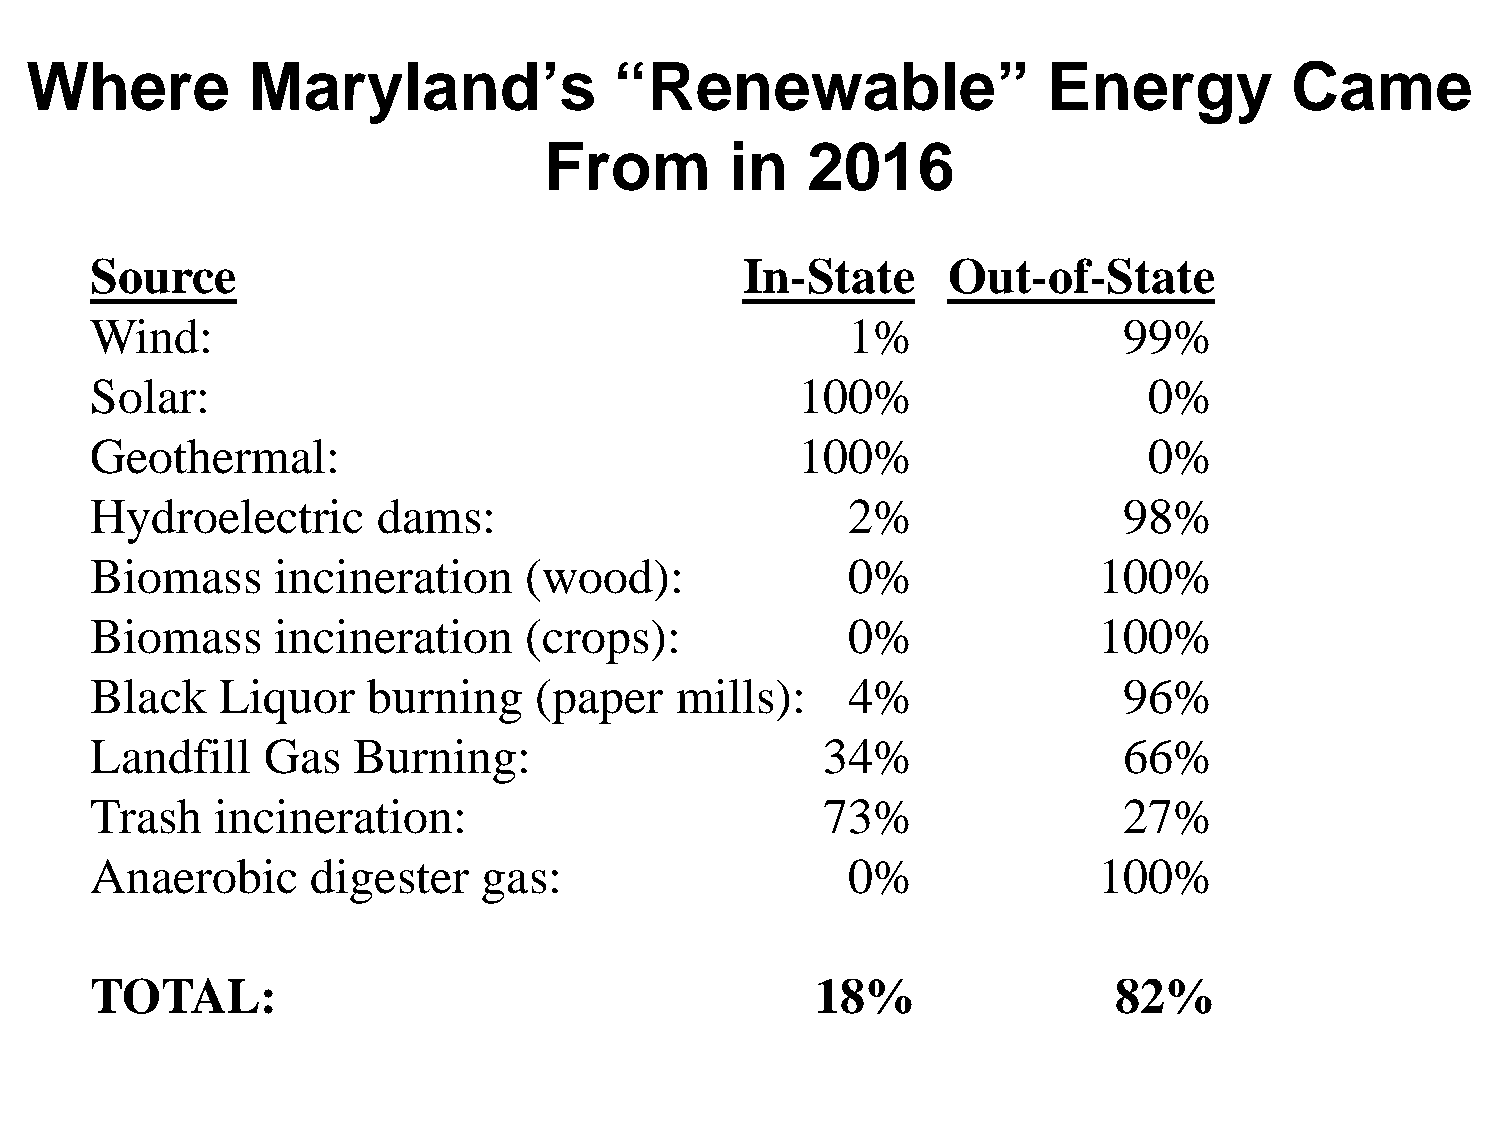
Where         Maryland’s               “Renewable”                 Energy          Came
 From        in   2016
 Source                                     In-State      Out-of-State
 Wind:                                             1%                99%
 Solar:                                         100%                   0%
 Geothermal:                                    100%                   0%
 Hydroelectric      dams:                          2%                98%
 Biomass     incineration     (wood):              0%               100%
 Biomass     incineration     (crops):             0%               100%
 Black   Liquor    burning    (paper    mills):    4%                96%
 Landfill   Gas   Burning:                        34%                66%
 Trash   incineration:                            73%                27%
 Anaerobic      digester   gas:                    0%               100%
 TOTAL:                                          18%                 82%